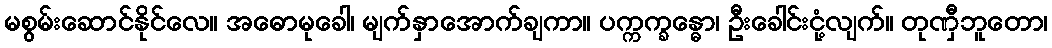
မစွမ်းဆောင်နိုင်လေ။ အဓောမုခေါ၊ မျက်နှာအောက်ချကာ။ ပက္ကက္ခန္ဓော၊ ဦးခေါင်းငုံ့လျက်။ တုဏှီဘူတော၊